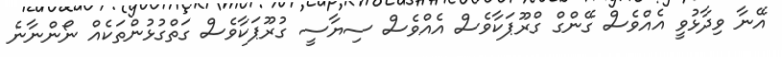
އޭނާ ވިދާޅުވީ އެއްވެސް ގޭންގް ގްރޫޕަކާވެސް އެއްވެސް ސިޔާސީ ގުރޫޕަކާވެސް ގަތްގުޅުންތަކެއް ނޯންނާނެ